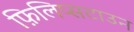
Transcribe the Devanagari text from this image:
फ़िलिप्सटाउन